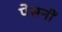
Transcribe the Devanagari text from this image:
पेसनीं